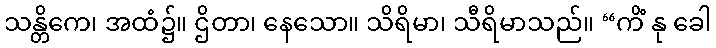
သန္တိကေ၊ အထံ၌။ ဌိတာ၊ နေသော။ သိရိမာ၊ သီရိမာသည်။ “ကိံ နု ခေါ